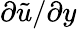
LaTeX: \partial\tilde{{u}}/\partial y